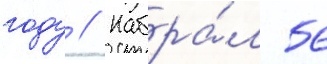
году // Набра́л 56